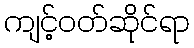
ကျင့်ဝတ်ဆိုင်ရာ